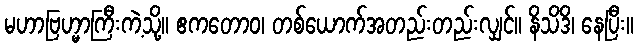
မဟာဗြဟ္မာကြီးကဲ့သို့။ ဧကတောဝ၊ တစ်ယောက်အတည်းတည်းလျှင်။ နိသိဒိ၊ နေပြီး။